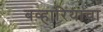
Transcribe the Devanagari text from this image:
बव्हारियाचा